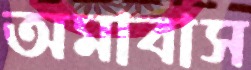
অমাবাস